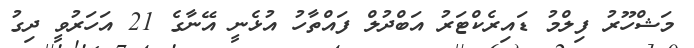
މަޝްހޫރު ފިލްމު ޑައިރެކްޓަރު އަބްދުލް ފައްތާހު އުޅެނީ އޭނާގެ 21 އަހަރުވީ ދިގު